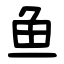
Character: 鱼